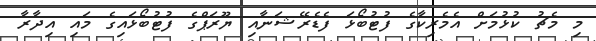
މި މެޗު ކުޅުމަށް އެމެރިކާގެ ފުޓުބޯޅަ ފެޑެރޭޝަނާއި ޔޫރަޕްގެ ފުޓުބޯޅައިގެ މައި އިދާރާ